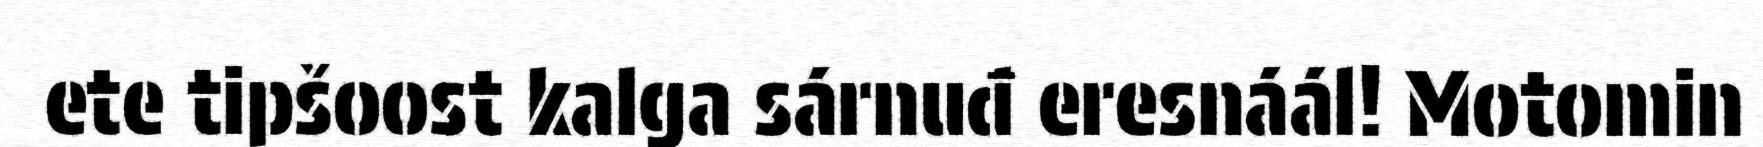
ete tipšoost kalga sárnuđ eresnáál! Motomin